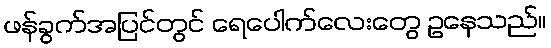
ဖန်ခွက်အပြင်တွင် ရေပေါက်လေးတွေ ဥနေသည်။